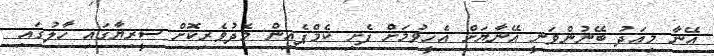
އޭނާ މިއަދު ބޭނުންވަނީ އޭނާޔަށް އެހީވުމަށް ފެށި ކެމްޕެއިން މެދުވެރިކޮށް ސީރިޔާގައި ހާލުގައި